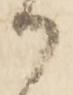
御